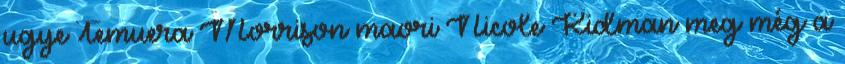
ugye Temuera Morrison maori Nicole Kidman meg még a